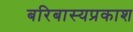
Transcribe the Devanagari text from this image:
बरिबास्यप्रकाश